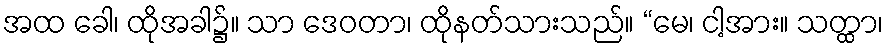
အထ ခေါ၊ ထိုအခါ၌။ သာ ဒေဝတာ၊ ထိုနတ်သားသည်။ “မေ၊ ငါ့အား။ သတ္ထာ၊